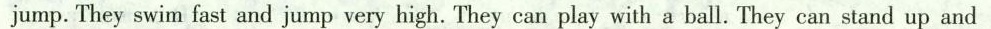
jump.They swim fast and jump very high. They can play with a ball.They can stand up and